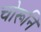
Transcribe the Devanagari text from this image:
चोरूनि